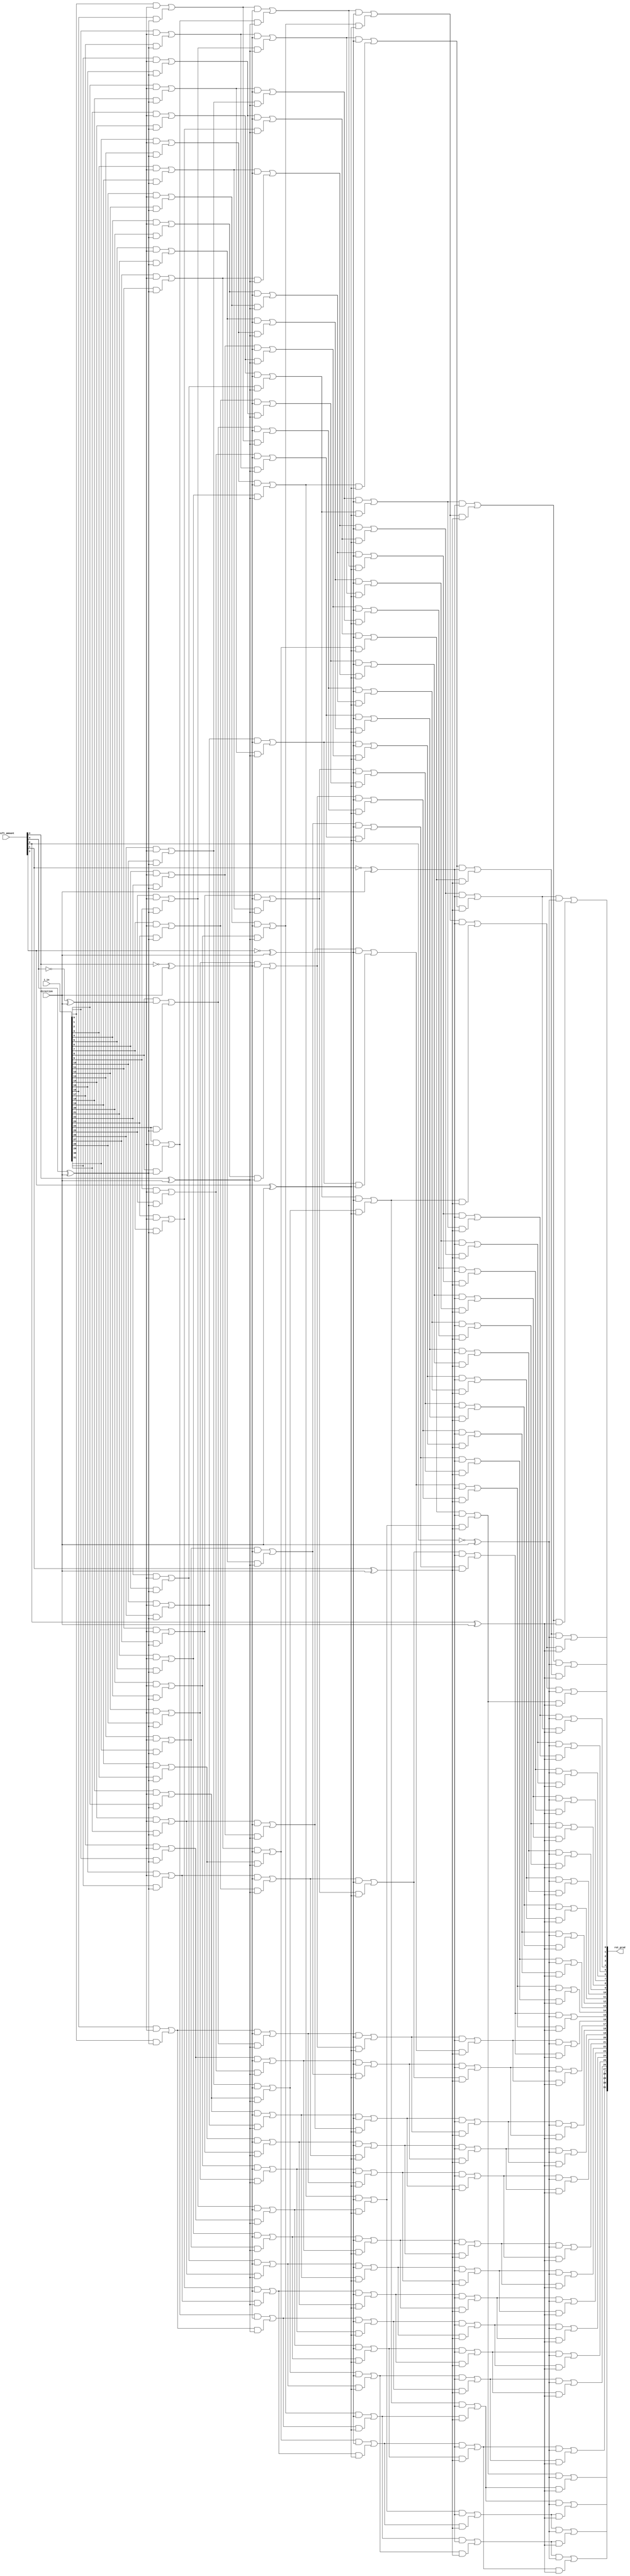
module a23_barrel_shift_fpga_rotate(i_in, direction, shift_amount, rot_prod);
input  [31:0] i_in;
input         direction;
input  [4:0]  shift_amount;
output [31:0] rot_prod;
generate
genvar i, j;
        for (i = 0; i < 5; i = i + 1)
        begin : netgen
                wire [31:0] in;
                reg [31:0] out;
                for (j = 0; j < 32; j = j + 1)
                begin : net
                        always @*
                                out[j] = in[j] & (~shift_amount[i] ^ direction) |
                                         in[wrap(j, i)] & (shift_amount[i] ^ direction);
                end
        end
        assign netgen[4].in = i_in;
        for (i = 1; i < 5; i = i + 1)
        begin : router
                assign netgen[i-1].in = netgen[i].out;
        end
endgenerate
assign rot_prod = netgen[0].out;
function [4:0] wrap;
input integer pos;
input integer level;
integer out;
begin
        out = pos - (1 << level);
        wrap = out[4:0];
end
endfunction
endmodule